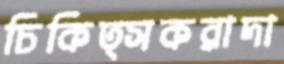
চিকিত্সকরাদা